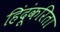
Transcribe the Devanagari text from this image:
हिंदूंकरिता